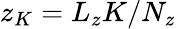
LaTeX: z_{K}=L_{z}K/N_{z}